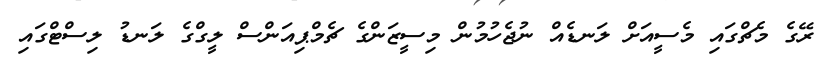
ރޭގެ މެޗްގައި މެސީއަށް ލަނޑެއް ނުޖެހުމުން މިސީޒަންގެ ޗެމްޕިއަންސް ލީގްގެ ލަނޑު ލިސްޓްގައި